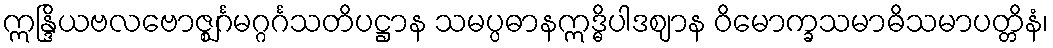
ဣန္ဒြိယဗလဗောဇ္ဈင်္ဂမဂ္ဂင်္ဂသတိပဋ္ဌာန သမပ္ပဓာနဣဒ္ဓိပါဒဈာန ဝိမောက္ခသမာဓိသမာပတ္တိနံ၊